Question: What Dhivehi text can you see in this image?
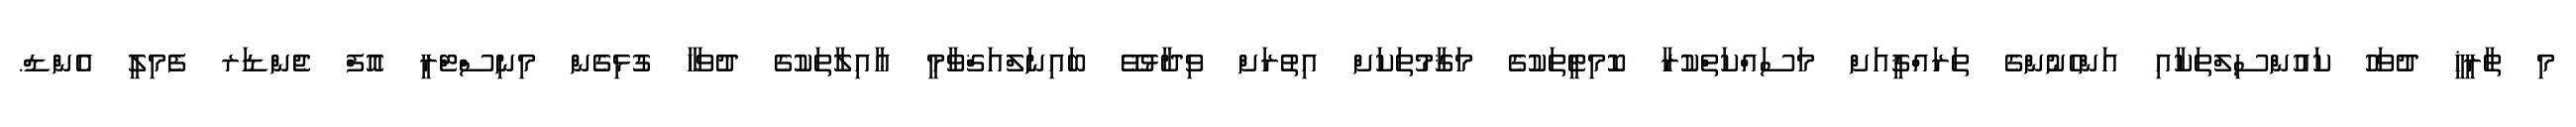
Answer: މި ތާރީޚީ ދުވަހު ކައުންސިލްތަކާއި އަންހެނުންގެ ތަރައްޤީއަށް މަސައްކަތްކުރާ ކޮމިޓީތަކުގެ މަޤާމުތަކަށް އިތުރަށް ވިދާޅުވޭ ބައިނަލްއަޤްވާމީ ޢާއިލާތަކުގެ ދުވަހާ ގުޅިގެން މިނިސްޓްރީ އޮފް ޖެންޑަރ ފެމިލީ އެންޑް.